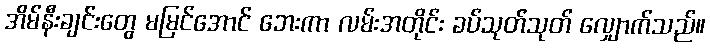
အိမ်နီးချင်းတွေ မမြင်အောင် ဘေးကာ လမ်းအတိုင်း ခပ်သုတ်သုတ် လျှောက်သည်။